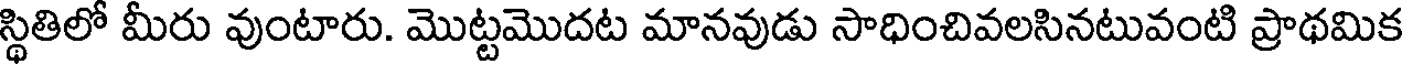
స్థితిలో మీరు వుంటారు. మొట్టమొదట మానవుడు సాధించివలసినటువంటి ప్రాథమిక